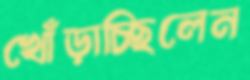
খোঁড়াচ্ছিলেন